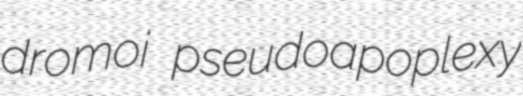
dromoi pseudoapoplexy